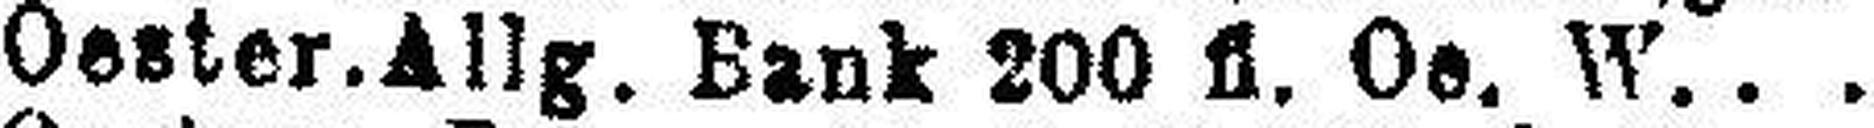
Oester.Allg. Bank 200 fl. Oe. W.